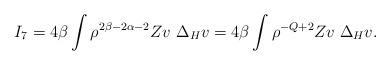
LaTeX: \begin{align*}I_7=4\beta \int \rho^{2\beta-2\alpha-2} Zv \ \Delta_{H} v = 4\beta \int \rho^{-Q+2} Zv \;\Delta_{H} v.\end{align*}